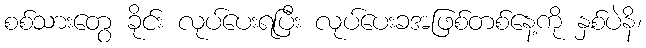
စစ်သားတွေ ခိုင်း လုပ်ပေးရပြီး လုပ်ပေးခအဖြစ်တစ်နေ့ကို နှစ်ပဲနိ၊